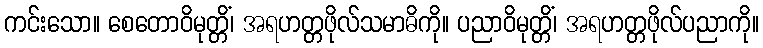
ကင်းသော။ စေတောဝိမုတ္တိံ၊ အရဟတ္တဖိုလ်သမာဓိကို။ ပညာဝိမုတ္တိံ၊ အရဟတ္တဖိုလ်ပညာကို။